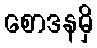
စောဒနမှိ